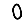
Digit: 0